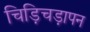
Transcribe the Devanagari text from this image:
चिड़िचड़ापन